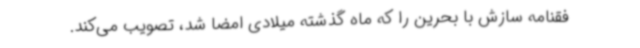
فقنامه سازش با بحرین را که ماه گذشته میلادی امضا شد، تصویب می‌کند.